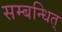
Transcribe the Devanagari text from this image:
सम्बन्धित्